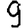
Digit: 9